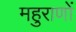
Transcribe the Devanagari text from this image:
महुराणों